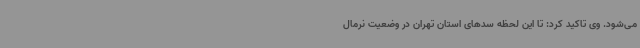
می‌شود. وی تاکید کرد: تا این لحظه سدهای استان تهران در وضعیت نرمال